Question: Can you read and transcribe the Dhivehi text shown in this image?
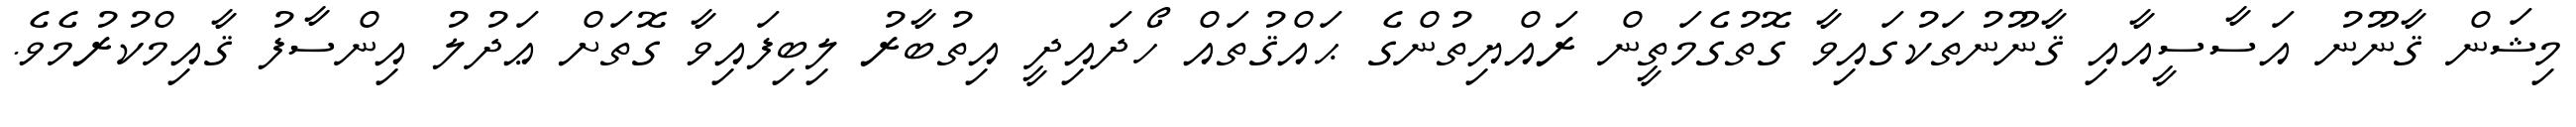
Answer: މިޝަން ޤާނޫނު އަސާސީއާއި ޤާނޫނުތަކުގައިވާ ގޮތުގެމަތީން ރައްޔިތުންގެ ޙައްޤުތައް ހޯދައިދީ އިތުބާރު ލިބިފައިވާ ގޮތަށް ޢަދުލު އިންސާފު ޤާއިމްކުރުމެވެ.